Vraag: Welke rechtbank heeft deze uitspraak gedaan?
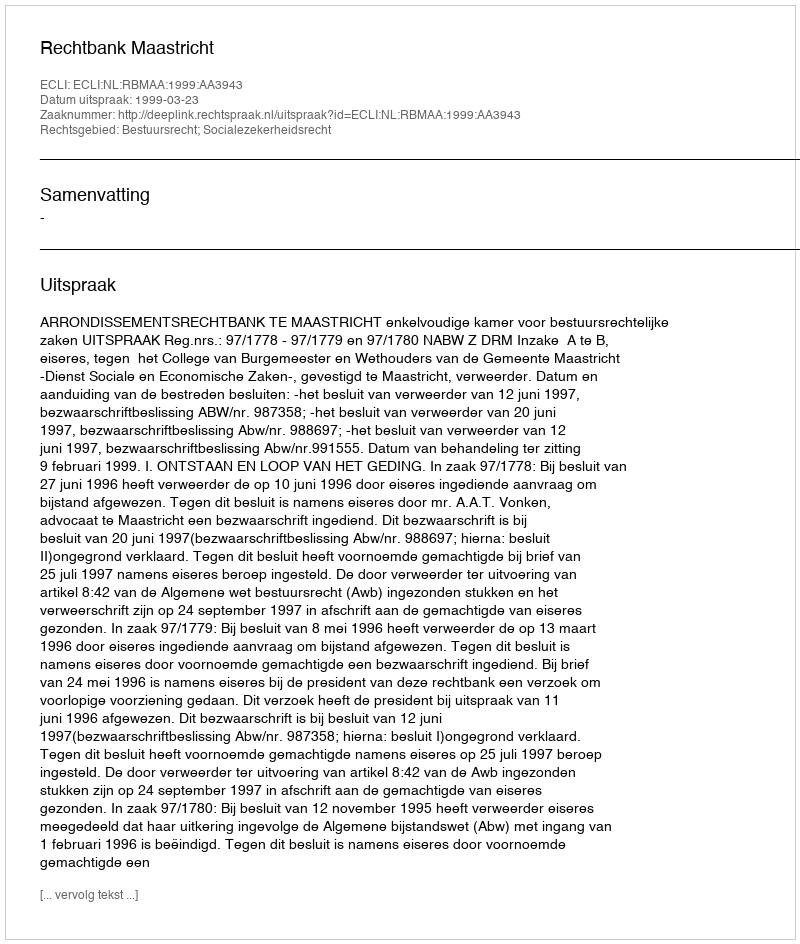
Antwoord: Rechtbank Maastricht